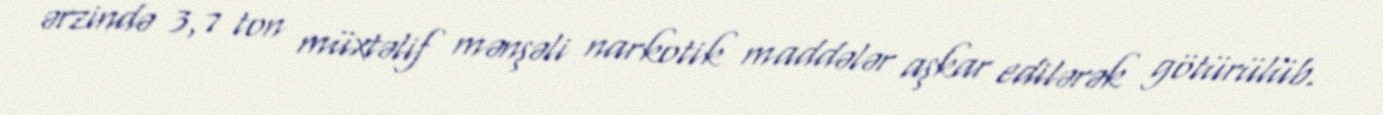
ərzində 3,7 ton müxtəlif mənşəli narkotik maddələr aşkar edilərək götürülüb.